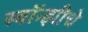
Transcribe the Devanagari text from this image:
स्वॉन्झीचे